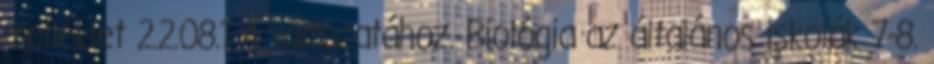
melléklet 2.2.08.1 A változatához. Biológia az általános iskolák 7-8.